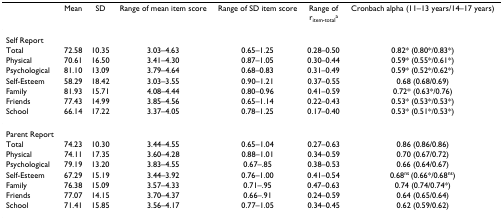
<table><thead><tr><td></td><td><b>Mean</b></td><td><b>SD</b></td><td><b>Range of mean item score</b></td><td><b>Range of SD item score</b></td><td><b>Range ofr<sub>item-total</sub><sup>a</sup></b></td><td><b>Cronbach alpha (11–13 years/14–17 years)</b></td></tr></thead><tbody><tr><td>Self Report</td><td></td><td></td><td></td><td></td><td></td><td></td></tr><tr><td>Total</td><td>72.58</td><td>10.35</td><td>3.03–4.63</td><td>0.65–1.25</td><td>0.28–0.50</td><td>0.82* (0.80*/0.83*)</td></tr><tr><td>Physical</td><td>70.61</td><td>16.50</td><td>3.41–4.30</td><td>0.87–1.05</td><td>0.30–0.44</td><td>0.59* (0.55*/0.61*)</td></tr><tr><td>Psychological</td><td>81.10</td><td>13.09</td><td>3.79–4.64</td><td>0.68–0.83</td><td>0.31–0.49</td><td>0.59* (0.52*/0.62*)</td></tr><tr><td>Self-Esteem</td><td>58.29</td><td>18.42</td><td>3.03–3.55</td><td>0.90–1.21</td><td>0.37–0.55</td><td>0.68 (0.68/0.69)</td></tr><tr><td>Family</td><td>81.93</td><td>15.71</td><td>4.08–4.44</td><td>0.80–0.96</td><td>0.41–0.59</td><td>0.72* (0.63*/0.76)</td></tr><tr><td>Friends</td><td>77.43</td><td>14.99</td><td>3.85–4.56</td><td>0.65–1.14</td><td>0.22–0.43</td><td>0.53* (0.53*/0.53*)</td></tr><tr><td>School</td><td>66.14</td><td>17.22</td><td>3.37–4.05</td><td>0.78–1.25</td><td>0.17–0.40</td><td>0.53* (0.51*/0.53*)</td></tr><tr><td>Parent Report</td><td></td><td></td><td></td><td></td><td></td><td></td></tr><tr><td>Total</td><td>74.23</td><td>10.30</td><td>3.44–4.55</td><td>0.65–1.04</td><td>0.27–0.63</td><td>0.86 (0.86/0.86)</td></tr><tr><td>Physical</td><td>74.11</td><td>17.35</td><td>3.60–4.28</td><td>0.88–1.01</td><td>0.34–0.59</td><td>0.70 (0.67/0.72)</td></tr><tr><td>Psychological</td><td>79.19</td><td>13.20</td><td>3.83–4.55</td><td>0.67–.85</td><td>0.38–0.53</td><td>0.66 (0.64/0.67)</td></tr><tr><td>Self-Esteem</td><td>67.29</td><td>15.19</td><td>3.44–3.92</td><td>0.76–1.00</td><td>0.41–0.54</td><td>0.68<sup>ns </sup>(0.66*/0.68<sup>ns</sup>)</td></tr><tr><td>Family</td><td>76.38</td><td>15.09</td><td>3.57–4.33</td><td>0.71–.95</td><td>0.47–0.63</td><td>0.74 (0.74/0.74*)</td></tr><tr><td>Friends</td><td>77.07</td><td>14.15</td><td>3.70–4.37</td><td>0.66–.91</td><td>0.24–0.59</td><td>0.64 (0.65/0.64)</td></tr><tr><td>School</td><td>71.41</td><td>15.85</td><td>3.56–4.17</td><td>0.77–1.05</td><td>0.34–0.45</td><td>0.62 (0.59/0.62)</td></tr></tbody></table>